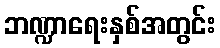
ဘဏ္ဍာရေးနှစ်အတွင်း